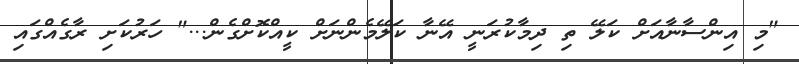
"މި އިންސާނާއަށް ކަލޭ ތި ދިމާކުރަނީ އޭނާ ކަލޭމެންނަށް ކީއްކޮށްގެން..." ހަރުކަށި ރާގެއްގައި